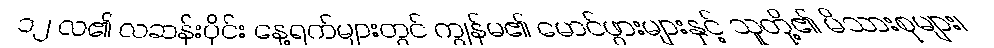
၁၂ လ၏ လဆန်းပိုင်း နေ့ရက်များတွင် ကျွန်မ၏ မောင်ဖွားများနှင့် သူတို့၏ မိသားစုများ၊